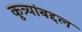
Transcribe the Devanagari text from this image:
कुत्र्यांबद्दल